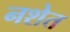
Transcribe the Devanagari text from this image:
नशेत